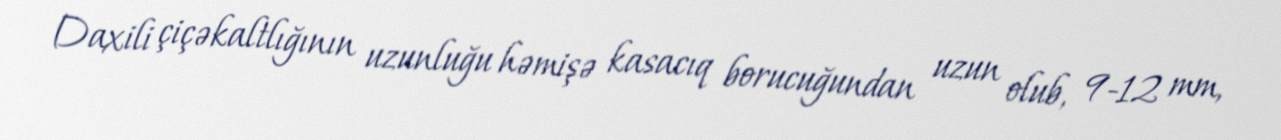
Daxili çiçəkaltlığının uzunluğu həmişə kasacıq borucuğundan uzun olub, 9-12 mm,